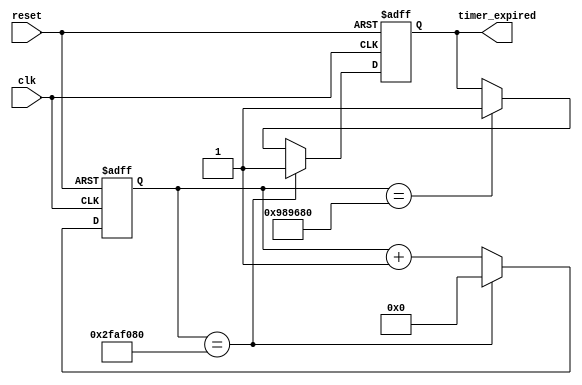
module IntervalTimer(
    input wire clk, // Clock input
    input wire reset, // Reset input
    output reg timer_expired // Timer expired output
);

reg [31:0] counter; // Counter to keep track of time intervals
parameter COUNT_MAX = 50000000; // Maximum count value for the timer
parameter INTERVAL = 10000000; // Interval value for timer expiration

always @(posedge clk or posedge reset) begin
    if (reset) begin
        counter <= 0;
        timer_expired <= 0;
    end else begin
        if (counter == COUNT_MAX) begin
            counter <= 0;
            timer_expired <= 1;
        end else begin
            counter <= counter + 1;
            if (counter == INTERVAL) begin
                timer_expired <= 1;
            end
        end
    end
end

endmodule